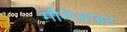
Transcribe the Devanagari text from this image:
मौनेज़ाइट